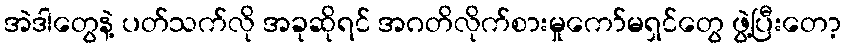
အဲဒါတွေနဲ့ ပတ်သက်လို အခုဆိုရင် အဂတိလိုက်စားမှုကော်မရှင်တွေ ဖွဲ့ပြီးတော့